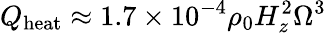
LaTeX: Q_{\mathrm{heat}}\approx 1.7\times 10^{-4}\rho_{0}H_{z}^{2}\Omega^{3}